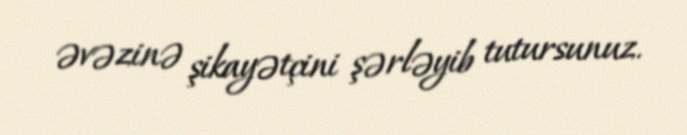
əvəzinə şikayətçini şərləyib tutursunuz.